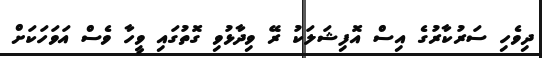
ދިވެހި ސަރުކާރުގެ އިސް އޮފިޝަލަކު ރޭ ވިދާޅުވި ގޮތުގައި ވީހާ ވެސް އަވަހަކަށް